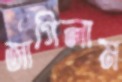
জাগিলাম